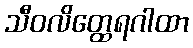
သီဝလိတ္ထေရဂါထာ